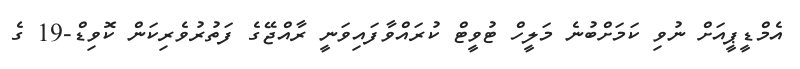
އެމްޑީޕީއަށް ނުވި ކަމަށްބުނެ މަލީހް ޓުވީޓް ކުރައްވާފައިވަނީ ރާއްޖޭގެ ފަތުރުވެރިކަން ކޮވިޑް-19 ގެ